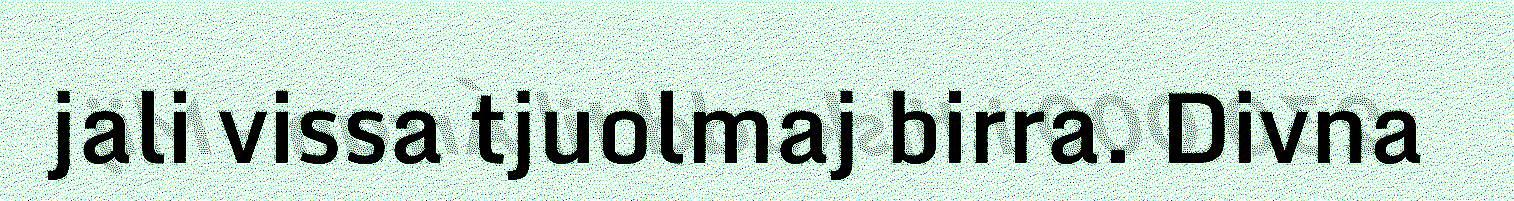
jali vissa tjuolmaj birra. Divna